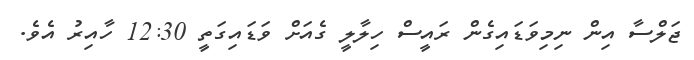
ޖަލްސާ އިން ނިމިވަޑައިގެން ރައީސް ހިލާލީ ގެއަށް ވަޑައިގަތީ 12:30 ހާއިރު އެވެ.